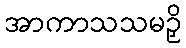
အာကာသသမဉှိ